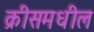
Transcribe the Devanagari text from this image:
क्रीसमधील